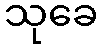
သုခေ